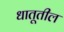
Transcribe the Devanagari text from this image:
धातूतील